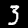
Label: 3